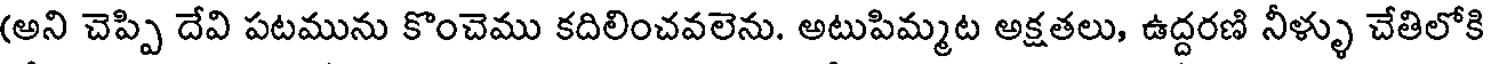
(అని చెప్పి దేవి పటమును కొంచెము కదిలించవలెను. అటుపిమ్మట అక్షతలు, ఉద్దరణి నీళ్ళు చేతిలోకి